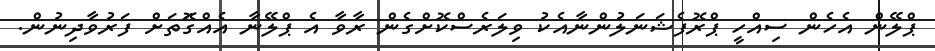
ޕްލޭން އެހެން ސިއްހީ ޕްރޮފެޝަނަލުންނާއެކު ވިލަރެސްކޮށްގެން ރާވާ އެ ޕްލޭނާ އެއްގޮަތަށް ފަރުވާދިނުން.